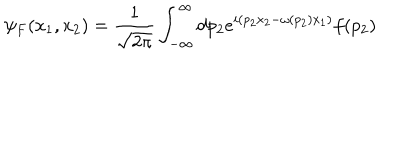
\psi _ { F } ( x _ { 1 } , x _ { 2 } ) = \frac { 1 } { \sqrt { 2 \pi } } \int _ { - \infty } ^ { \infty } d p _ { 2 } e ^ { i ( p _ { 2 } x _ { 2 } - \omega ( p _ { 2 } ) x _ { 1 } ) } f ( p _ { 2 } )